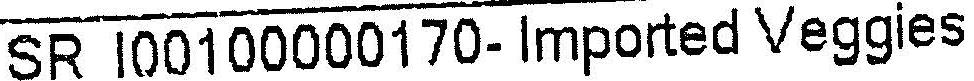
SR I00100000170- IMPORTED VEGGIES